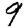
Digit: 9